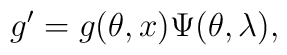
g^{\prime  }=g(\theta ,x)\Psi (\theta , \lambda),